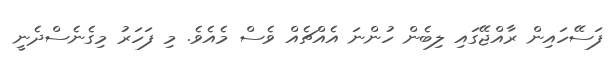
ފަސޭހައިން ރާއްޖޭގައި ލިބެން ހުންނަ އެއްޗެއް ވެސް މެއެވެ. މި ފަހަރު މިގެނެސްދެނީ